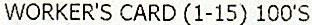
WORKER'S CARD (1-15) 100'S